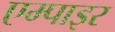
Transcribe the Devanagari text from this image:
एम्पाइर